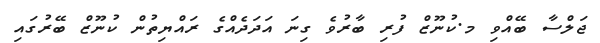
ޖަލްސާ ބޭއްވި މ.ކުނޫޒް ފުރި ބާރުވެ ގިނަ އަދަދެއްގެ ރައްޔިތުން ކުނޫޒް ބޭރުގައި